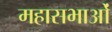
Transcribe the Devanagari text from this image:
महासभाओं